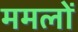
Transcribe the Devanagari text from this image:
ममलों